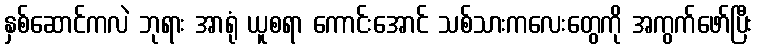
နှစ်ဆောင်ကလဲ ဘုရား အာရုံ ယူစရာ ကောင်းအောင် သစ်သားကလေးတွေကို အကွက်ဖော်ပြီး